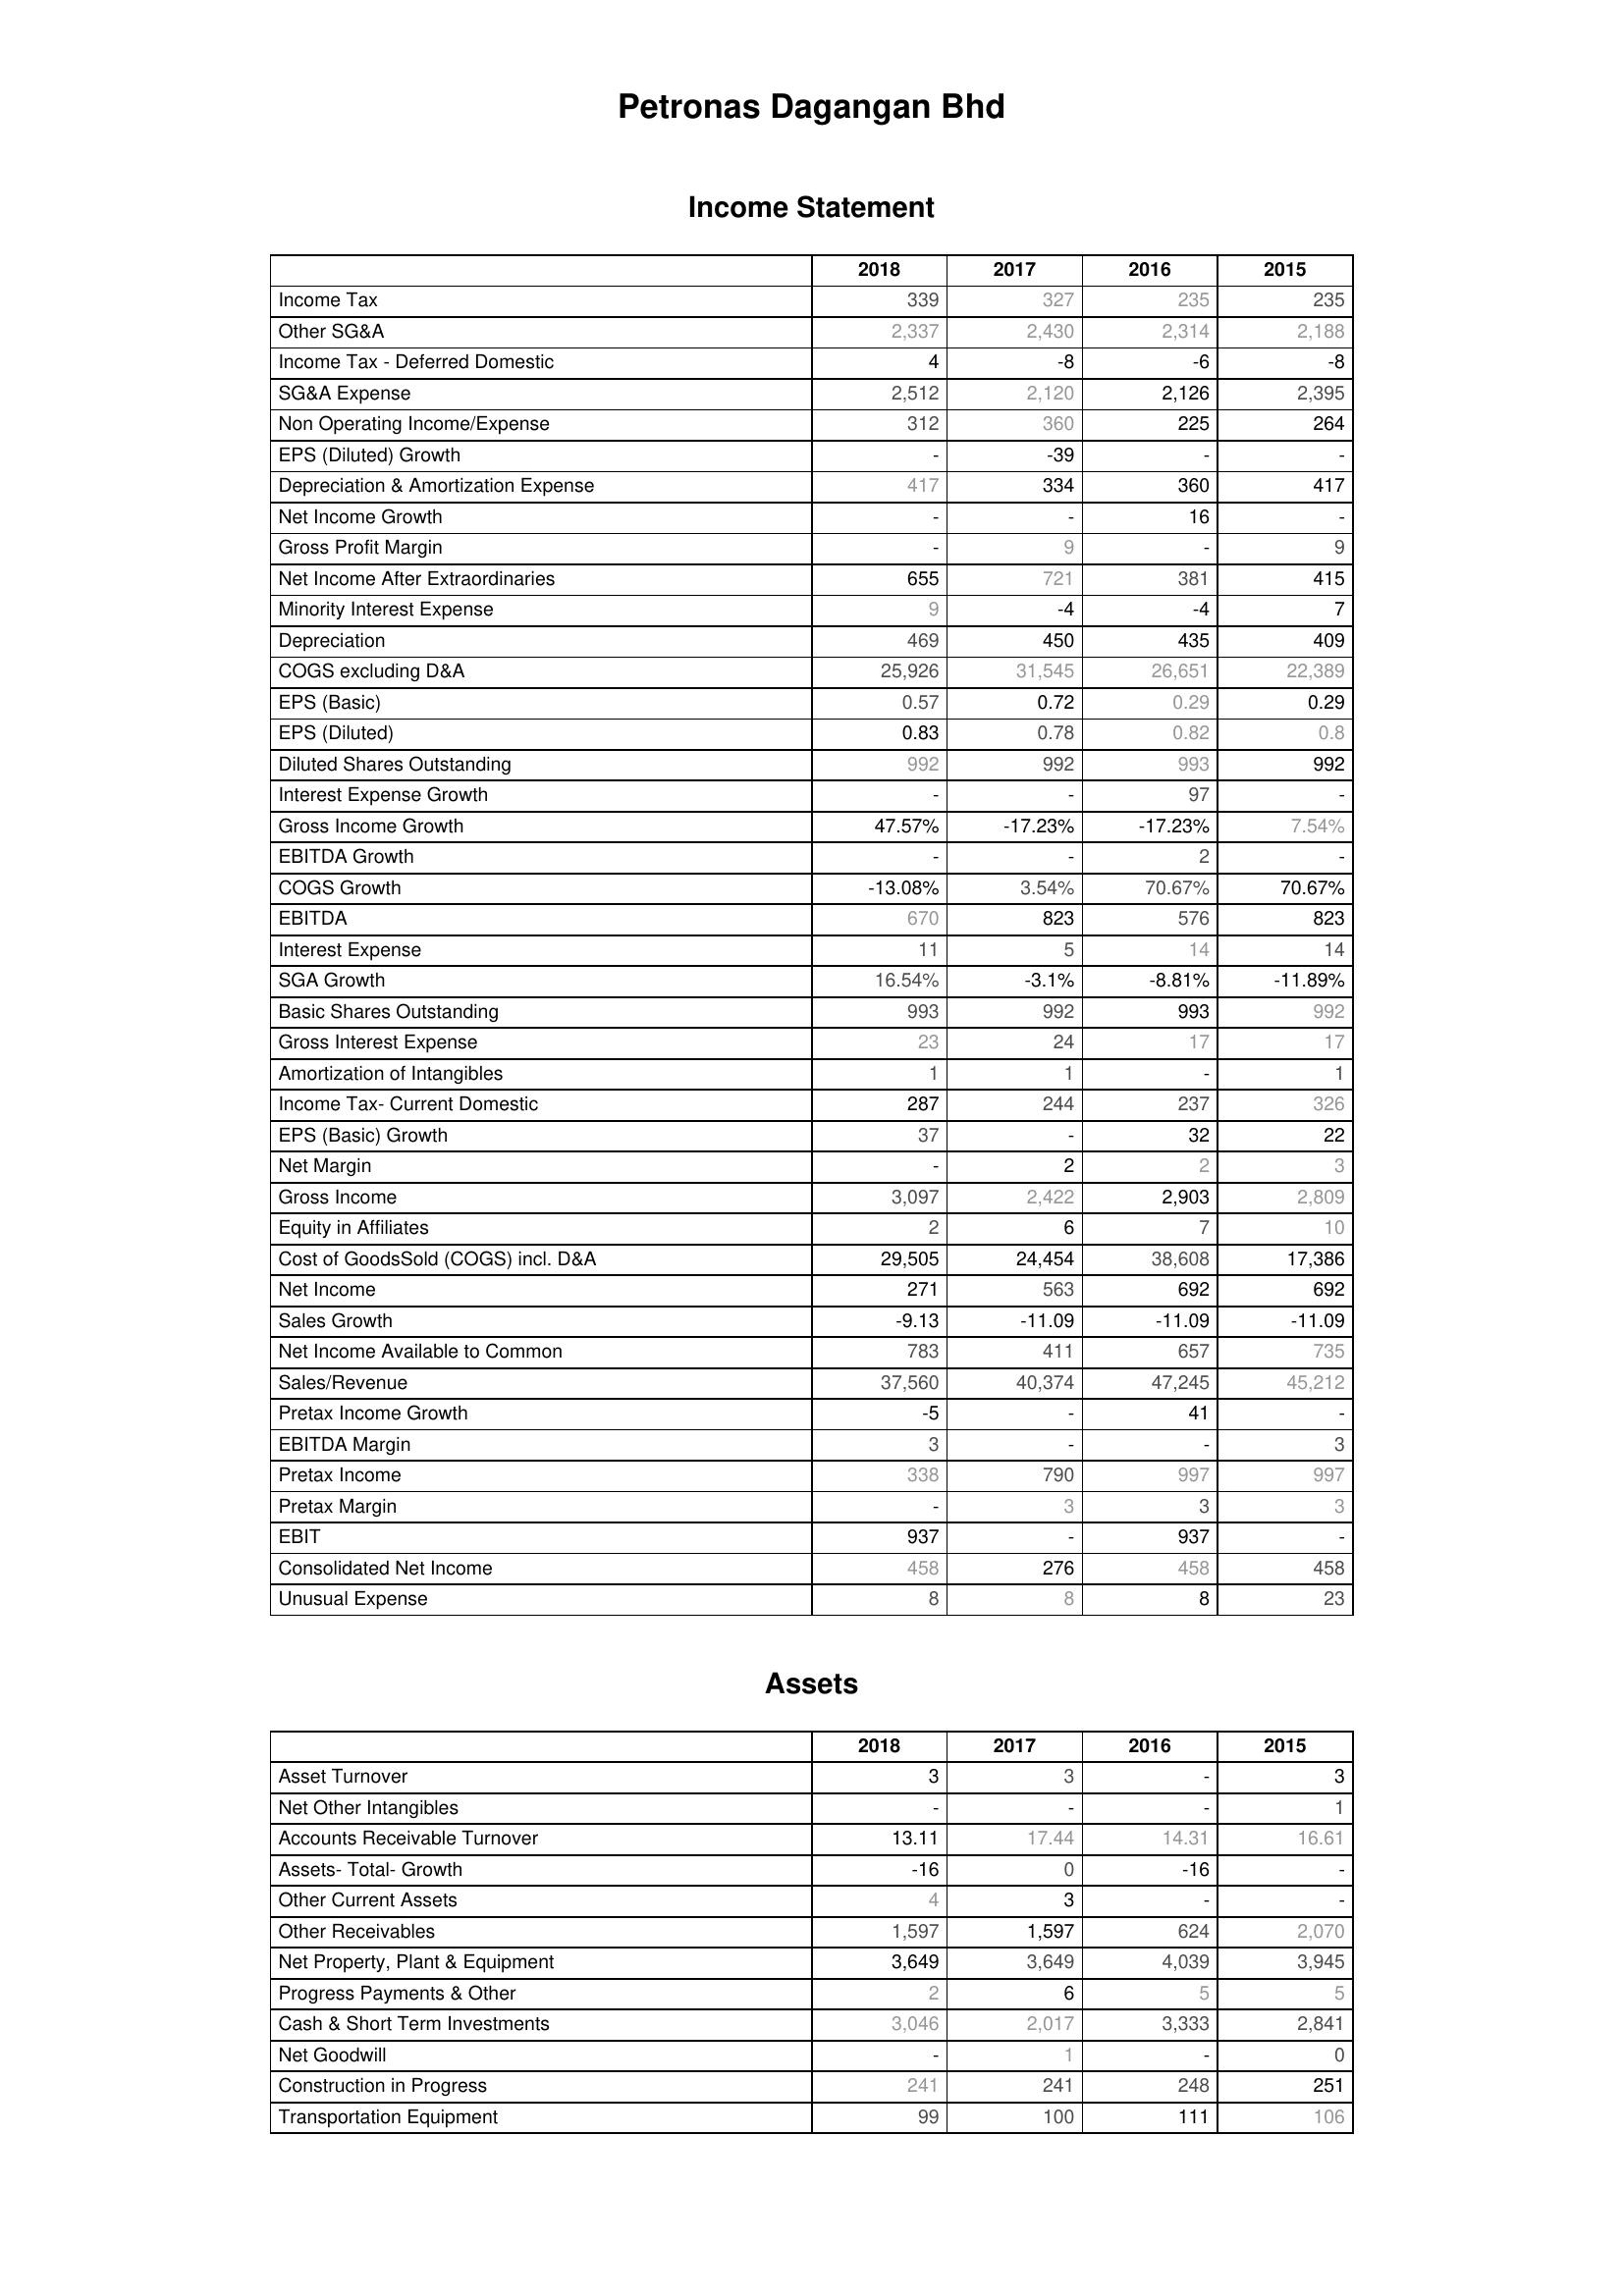
2018: Income Statement: Income Tax: 339
Other SG&A: 2,337
Income Tax - Deferred Domestic: 4
SG&A Expense: 2,512
Non Operating Income/Expense: 312
EPS (Diluted) Growth: -
Depreciation & Amortization Expense: 417
Net Income Growth: -
Gross Profit Margin: -
Net Income After Extraordinaries: 655
Minority Interest Expense: 9
Depreciation: 469
COGS excluding D&A: 25,926
EPS (Basic): 0.57
EPS (Diluted): 0.83
Diluted Shares Outstanding: 992
Interest Expense Growth: -
Gross Income Growth: 47.57%
EBITDA Growth: -
COGS Growth: -13.08%
EBITDA: 670
Interest Expense: 11
SGA Growth: 16.54%
Basic Shares Outstanding: 993
Gross Interest Expense: 23
Amortization of Intangibles: 1
Income Tax- Current Domestic: 287
EPS (Basic) Growth: 37
Net Margin: -
Gross Income: 3,097
Equity in Affiliates: 2
Cost of GoodsSold (COGS) incl. D&A: 29,505
Net Income: 271
Sales Growth: -9.13
Net Income Available to Common: 783
Sales/Revenue: 37,560
Pretax Income Growth: -5
EBITDA Margin: 3
Pretax Income: 338
Pretax Margin: -
EBIT: 937
Consolidated Net Income: 458
Unusual Expense: 8
Assets: Asset Turnover: 3
Net Other Intangibles: -
Accounts Receivable Turnover: 13.11
Assets- Total- Growth: -16
Other Current Assets: 4
Other Receivables: 1,597
Net Property, Plant & Equipment: 3,649
Progress Payments & Other: 2
Cash & Short Term Investments: 3,046
Net Goodwill: -
Construction in Progress: 241
Transportation Equipment: 99
2017: Income Statement: Income Tax: 327
Other SG&A: 2,430
Income Tax - Deferred Domestic: -8
SG&A Expense: 2,120
Non Operating Income/Expense: 360
EPS (Diluted) Growth: -39
Depreciation & Amortization Expense: 334
Net Income Growth: -
Gross Profit Margin: 9
Net Income After Extraordinaries: 721
Minority Interest Expense: -4
Depreciation: 450
COGS excluding D&A: 31,545
EPS (Basic): 0.72
EPS (Diluted): 0.78
Diluted Shares Outstanding: 992
Interest Expense Growth: -
Gross Income Growth: -17.23%
EBITDA Growth: -
COGS Growth: 3.54%
EBITDA: 823
Interest Expense: 5
SGA Growth: -3.1%
Basic Shares Outstanding: 992
Gross Interest Expense: 24
Amortization of Intangibles: 1
Income Tax- Current Domestic: 244
EPS (Basic) Growth: -
Net Margin: 2
Gross Income: 2,422
Equity in Affiliates: 6
Cost of GoodsSold (COGS) incl. D&A: 24,454
Net Income: 563
Sales Growth: -11.09
Net Income Available to Common: 411
Sales/Revenue: 40,374
Pretax Income Growth: -
EBITDA Margin: -
Pretax Income: 790
Pretax Margin: 3
EBIT: -
Consolidated Net Income: 276
Unusual Expense: 8
Assets: Asset Turnover: 3
Net Other Intangibles: -
Accounts Receivable Turnover: 17.44
Assets- Total- Growth: 0
Other Current Assets: 3
Other Receivables: 1,597
Net Property, Plant & Equipment: 3,649
Progress Payments & Other: 6
Cash & Short Term Investments: 2,017
Net Goodwill: 1
Construction in Progress: 241
Transportation Equipment: 100
2016: Income Statement: Income Tax: 235
Other SG&A: 2,314
Income Tax - Deferred Domestic: -6
SG&A Expense: 2,126
Non Operating Income/Expense: 225
EPS (Diluted) Growth: -
Depreciation & Amortization Expense: 360
Net Income Growth: 16
Gross Profit Margin: -
Net Income After Extraordinaries: 381
Minority Interest Expense: -4
Depreciation: 435
COGS excluding D&A: 26,651
EPS (Basic): 0.29
EPS (Diluted): 0.82
Diluted Shares Outstanding: 993
Interest Expense Growth: 97
Gross Income Growth: -17.23%
EBITDA Growth: 2
COGS Growth: 70.67%
EBITDA: 576
Interest Expense: 14
SGA Growth: -8.81%
Basic Shares Outstanding: 993
Gross Interest Expense: 17
Amortization of Intangibles: -
Income Tax- Current Domestic: 237
EPS (Basic) Growth: 32
Net Margin: 2
Gross Income: 2,903
Equity in Affiliates: 7
Cost of GoodsSold (COGS) incl. D&A: 38,608
Net Income: 692
Sales Growth: -11.09
Net Income Available to Common: 657
Sales/Revenue: 47,245
Pretax Income Growth: 41
EBITDA Margin: -
Pretax Income: 997
Pretax Margin: 3
EBIT: 937
Consolidated Net Income: 458
Unusual Expense: 8
Assets: Asset Turnover: -
Net Other Intangibles: -
Accounts Receivable Turnover: 14.31
Assets- Total- Growth: -16
Other Current Assets: -
Other Receivables: 624
Net Property, Plant & Equipment: 4,039
Progress Payments & Other: 5
Cash & Short Term Investments: 3,333
Net Goodwill: -
Construction in Progress: 248
Transportation Equipment: 111
2015: Income Statement: Income Tax: 235
Other SG&A: 2,188
Income Tax - Deferred Domestic: -8
SG&A Expense: 2,395
Non Operating Income/Expense: 264
EPS (Diluted) Growth: -
Depreciation & Amortization Expense: 417
Net Income Growth: -
Gross Profit Margin: 9
Net Income After Extraordinaries: 415
Minority Interest Expense: 7
Depreciation: 409
COGS excluding D&A: 22,389
EPS (Basic): 0.29
EPS (Diluted): 0.8
Diluted Shares Outstanding: 992
Interest Expense Growth: -
Gross Income Growth: 7.54%
EBITDA Growth: -
COGS Growth: 70.67%
EBITDA: 823
Interest Expense: 14
SGA Growth: -11.89%
Basic Shares Outstanding: 992
Gross Interest Expense: 17
Amortization of Intangibles: 1
Income Tax- Current Domestic: 326
EPS (Basic) Growth: 22
Net Margin: 3
Gross Income: 2,809
Equity in Affiliates: 10
Cost of GoodsSold (COGS) incl. D&A: 17,386
Net Income: 692
Sales Growth: -11.09
Net Income Available to Common: 735
Sales/Revenue: 45,212
Pretax Income Growth: -
EBITDA Margin: 3
Pretax Income: 997
Pretax Margin: 3
EBIT: -
Consolidated Net Income: 458
Unusual Expense: 23
Assets: Asset Turnover: 3
Net Other Intangibles: 1
Accounts Receivable Turnover: 16.61
Assets- Total- Growth: -
Other Current Assets: -
Other Receivables: 2,070
Net Property, Plant & Equipment: 3,945
Progress Payments & Other: 5
Cash & Short Term Investments: 2,841
Net Goodwill: 0
Construction in Progress: 251
Transportation Equipment: 106